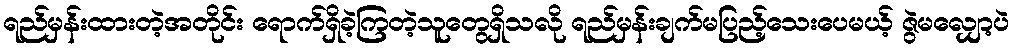
ရည်မှန်းထားတဲ့အတိုင်း ရောက်ရှိခဲ့ကြတဲ့သူတွေရှိသလို ရည်မှန်းချက်မပြည့်သေးပေမယ့် ဇွဲမလျှော့ပဲ